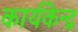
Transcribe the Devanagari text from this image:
कार्यकेन्द्र